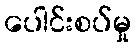
ပေါင်းစပ်မှု